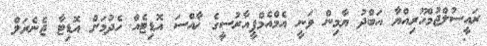
ރައީސުލްޖުމްހޫރިއްޔާ އަބްދު ޔާމިން ވަނީ އެމްއެމްޕީއާރުސީގެ ޚާއްސަ އޮޑިޓެއް ހެދުމަށް އޮޑިޓާ ޖެނެރަލް